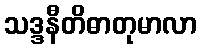
သဒ္ဒနီတိဓာတုမာလာ